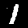
Digit: 1